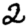
Digit: 2